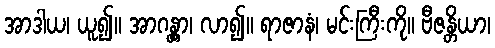
အာဒါယ၊ ယူ၍။ အာဂန္တွာ၊ လာ၍။ ရာဇာနံ၊ မင်းကြီးကို။ ဗီဇန္တိယာ၊